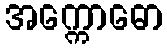
အက္ကောဓော